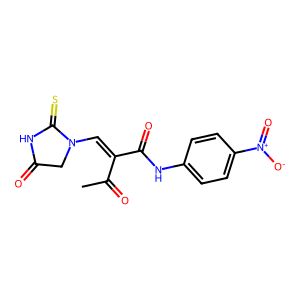
SMILES: CC(=O)C(=CN1CC(=O)NC1=S)C(=O)Nc1ccc([N+](=O)[O-])cc1
Inhibits HIV replication: No